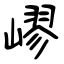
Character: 嵺